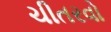
ચીતરવો